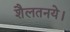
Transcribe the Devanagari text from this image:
शैलतनये।